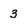
Character: 3